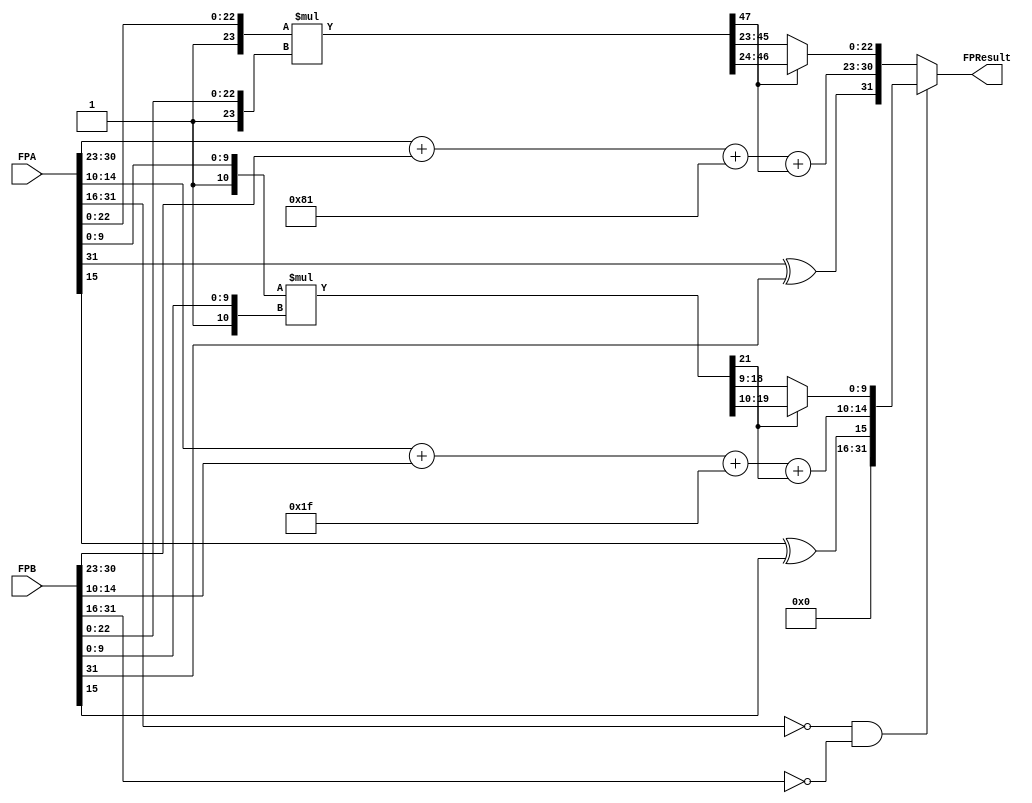
module FMUL(
    input wire [31:0] FPA,
    input wire [31:0] FPB,
    output wire [31:0] FPResult
);
    // 32-bit internal wires
    wire [23:0] man_a32, man_b32;
    wire [22:0] man_res32;
    wire [7:0] exp_a32, exp_b32;
    wire [8:0] exp_res32, exp_res232;
    wire sig_a32, sig_b32, sig_res32;
    wire [47:0] product32;

    // 16-bit internal wires
    wire [10:0] man_a16, man_b16;
    wire [9:0] man_res16;
    wire [4:0] exp_a16, exp_b16;
    wire [5:0] exp_res16, exp_res216;
    wire sig_a16, sig_b16, sig_res16;
    wire [21:0] product16;

    // Determine if inputs are 16-bit
    wire is16bit = (FPA[31:16] == 16'b0) && (FPB[31:16] == 16'b0);

    // 32-bit operations
    assign sig_a32 = FPA[31];
    assign sig_b32 = FPB[31];
    assign exp_a32 = FPA[30:23];
    assign exp_b32 = FPB[30:23];
    assign man_a32[23] = 1'b1;
    assign man_a32[22:0] = FPA[22:0];
    assign man_b32[23] = 1'b1;
    assign man_b32[22:0] = FPB[22:0];
    assign sig_res32 = sig_a32 ^ sig_b32;
    assign exp_res32 = exp_a32 + exp_b32 + 8'b10000001;
    assign product32 = man_a32 * man_b32;
    assign exp_res232 = exp_res32 + product32[47];
    assign man_res32 = (product32[47]) ? product32[46:24] : product32[45:23];
    wire [31:0] Result32 = {sig_res32, exp_res232[7:0], man_res32};

    // 16-bit operations
    assign sig_a16 = FPA[15];
    assign sig_b16 = FPB[15];
    assign exp_a16 = FPA[14:10];
    assign exp_b16 = FPB[14:10];
    assign man_a16[10] = 1'b1;
    assign man_a16[9:0] = FPA[9:0];
    assign man_b16[10] = 1'b1;
    assign man_b16[9:0] = FPB[9:0];
    assign sig_res16 = sig_a16 ^ sig_b16;
    assign exp_res16 = exp_a16 + exp_b16 + 6'b011111;
    assign product16 = man_a16 * man_b16;
    assign exp_res216 = exp_res16 + product16[21];
    assign man_res16 = (product16[21]) ? product16[20:10] : product16[19:9];
    wire [15:0] RawResult16 = {sig_res16, exp_res216[4:0], man_res16};

    // Extend 16-bit result to 32-bit by filling the upper bits with zeros
    wire [31:0] ExtendedResult16 = {16'b0, RawResult16};

    // Select the appropriate result based on input bit width
    assign FPResult = is16bit ? ExtendedResult16 : Result32;
endmodule